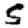
Digit: 5